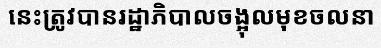
នេះត្រូវបានរដ្ឋាភិបាលចង្អុលមុខចលនា